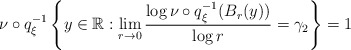
\begin{align*}\nu \circ q _\xi ^{-1} \left\{ y \in \mathbb{R} : \lim _{r \rightarrow 0} \frac{\log \nu \circ q _\xi ^{-1} ( B _r (y) )}{\log r} = \gamma _2 \right\} = 1\end{align*}